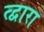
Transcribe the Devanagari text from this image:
त्द्वारा